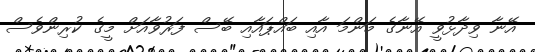
އޭނާ ވިދާޅުވީ އޭނާގެ މަންމަ އާއި ބައްޕައާއި ބޭސް ފަރުވާއަށް މީގެ ކުރިންވެސް